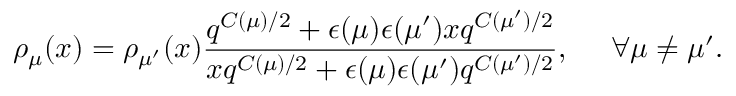
\rho _ { \mu } ( x ) = \rho _ { \mu ^ { \prime } } ( x ) \frac { q ^ { C ( \mu ) / 2 } + \epsilon ( \mu ) \epsilon ( \mu ^ { \prime } ) x q ^ { C ( \mu ^ { \prime } ) / 2 } } { x q ^ { C ( \mu ) / 2 } + \epsilon ( \mu ) \epsilon ( \mu ^ { \prime } ) q ^ { C ( \mu ^ { \prime } ) / 2 } } , ~ ~ ~ ~ \forall \mu \neq \mu ^ { \prime } .